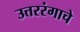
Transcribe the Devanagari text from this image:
उत्तररंगाचे